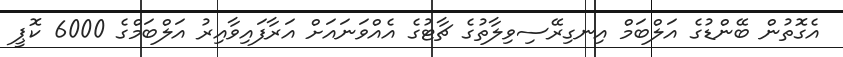
އެގޮތުން ބޭންޑުގެ އަލްބަމް އިނގިރޭސިވިލާތުގެ ޗާޓުގެ އެއްވަނައަށް އަރާފައިވާއިރު އަލްބަމްގެ 6000 ކޮޕީ